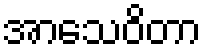
အာသေဝိတာ